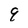
Character: 9